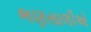
ભણસાલીએ